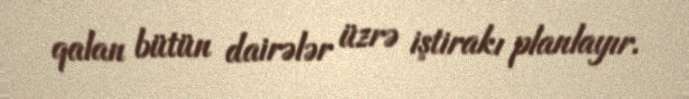
qalan bütün dairələr üzrə iştirakı planlayır.